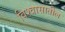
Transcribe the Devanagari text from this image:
विश्‍वासातील